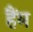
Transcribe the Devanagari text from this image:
हैंम